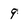
Character: 9